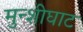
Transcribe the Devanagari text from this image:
मुन्शीघाट